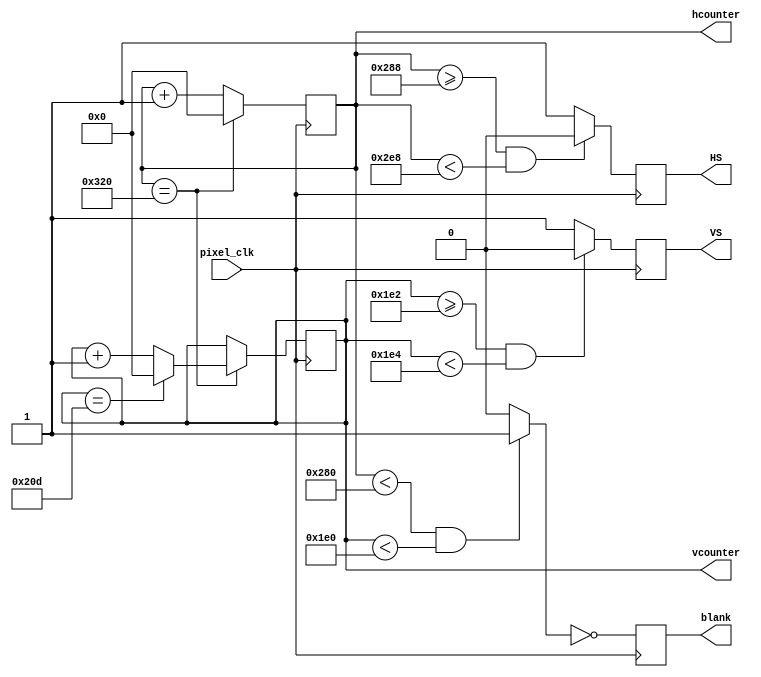
module vga_controller_640_60 (
    pixel_clk,
    HS,
    VS,
    hcounter,
    vcounter,
    blank
);

	input pixel_clk;
	output HS, VS, blank;
	output [10:0] hcounter, vcounter;

	parameter HMAX = 800; // maximum value for the horizontal pixel counter
	parameter VMAX = 525; // maximum value for the vertical pixel counter
	parameter HLINES = 640; // total number of visible columns
	parameter HFP = 648; // value for the horizontal counter where front porch ends
	parameter HSP = 744; // value for the horizontal counter where the synch pulse ends
	parameter VLINES = 480; // total number of visible lines
	parameter VFP = 482; // value for the vertical counter where the front porch ends
	parameter VSP = 484; // value for the vertical counter where the synch pulse ends
	parameter SPP = 0;


	wire video_enable;
	reg HS,VS,blank;
	reg [10:0] hcounter,vcounter;

	always@(posedge pixel_clk)begin
		blank <= ~video_enable; 
	end

	always@(posedge pixel_clk)begin
		if (hcounter == HMAX) hcounter <= 0;
		else hcounter <= hcounter + 1;
	end

	always@(posedge pixel_clk)begin
		if(hcounter == HMAX) begin
			if(vcounter == VMAX) vcounter <= 0;
			else vcounter <= vcounter + 1; 
		end
	end

	always@(posedge pixel_clk)begin
		if(hcounter >= HFP && hcounter < HSP) HS <= SPP;
		else HS <= ~SPP; 
	end

	always@(posedge pixel_clk)begin
		if(vcounter >= VFP && vcounter < VSP) VS <= SPP;
		else VS <= ~SPP; 
	end

	assign video_enable = (hcounter < HLINES && vcounter < VLINES) ? 1'b1 : 1'b0;

endmodule